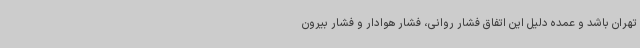
تهران باشد و عمده دلیل این اتفاق فشار روانی، فشار هوادار و فشار بیرون